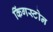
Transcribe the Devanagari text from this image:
किंगस्टोन